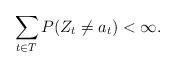
LaTeX: \begin{align*}\sum_{t \in T} P(Z_t \not= a_t)<\infty.\end{align*}